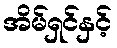
အိမ်ရှင်နှင့်